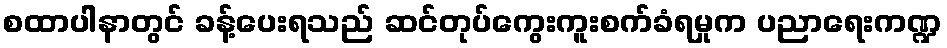
စထာပါနာတွင် ခန့်ပေးရသည် ဆင်တုပ်ကွေးကူးစက်ခံရမှုက ပညာရေးကဏ္ဍ